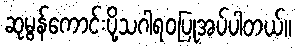
ဆုမွန်ကောင်းပို့သဂါရဝပြုအပ်ပါတယ်။